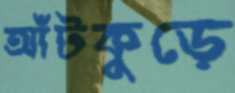
আঁটকুড়ে